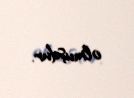
olmuşdur.